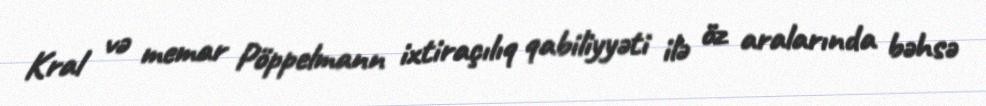
Kral və memar Pöppelmann ixtiraçılıq qabiliyyəti ilə öz aralarında bəhsə